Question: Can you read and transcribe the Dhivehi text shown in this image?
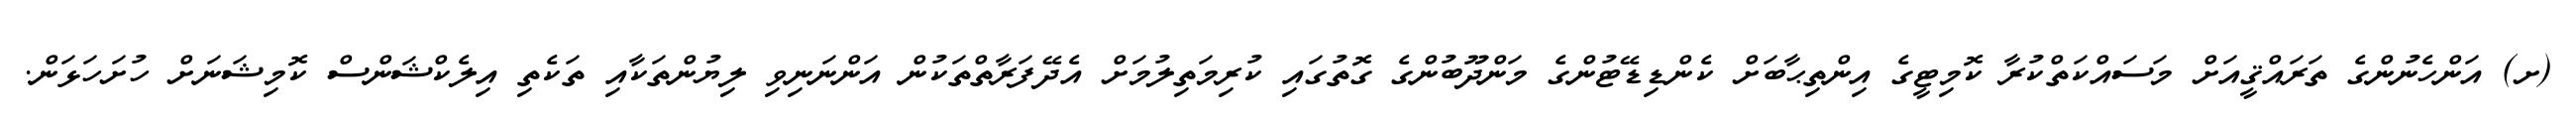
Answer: (ށ) އަންހެނުންގެ ތަރައްޤީއަށް މަސައްކަތްކުރާ ކޮމިޓީގެ އިންތިޙާބަށް ކެންޑިޑޭޓުންގެ މަންދޫބުންގެ ގޮތުގައި ކުރިމަތިލުމަށް އެދޭފަރާތްތަކުން އަންނަނިވި ލިޔުންތަކާއި ތަކެތި އިލެކްޝަންސް ކޮމިޝަނަށް ހުށަހަޅަން.